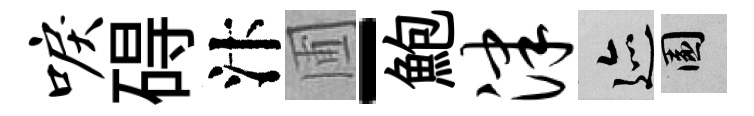
唳碍汴圃-鮑津迹園